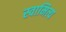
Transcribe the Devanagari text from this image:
स्वामित्य